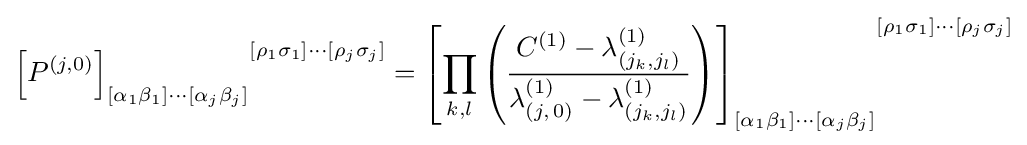
{\left[P^{(j,0)}\right]_{\left[\alpha _{1}\beta _{1}\right]\cdots \left[\alpha _{j}\beta _{j}\right]}}^{\left[\rho _{1}\sigma _{1}\right]\cdots \left[\rho _{j}\sigma _{j}\right]}={\left[\prod _{k,l}\left({\frac {C^{(1)}-\lambda _{(j_{k},j_{l})}^{(1)}}{\lambda _{(j,\,0)}^{(1)}-\lambda _{(j_{k},j_{l})}^{(1)}}}\right)\right]_{\left[\alpha _{1}\beta _{1}\right]\cdots \left[\alpha _{j}\beta _{j}\right]}}^{\left[\rho _{1}\sigma _{1}\right]\cdots \left[\rho _{j}\sigma _{j}\right]}